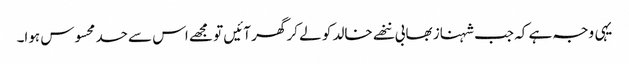
یہی وجہ ہے کہ جب شہناز بھابی ننھے خالد کو لے کر گھر آئیں تو مجھے اس سے حسد محسوس ہوا۔